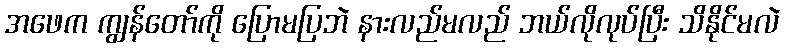
အဖေက ကျွန်တော်ကို ပြောမပြဘဲ နားလည်မလည် ဘယ်လိုလုပ်ပြီး သိနိုင်မလဲ